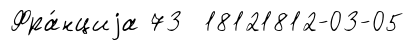
Фра́нциjа 73 18121812-03-05